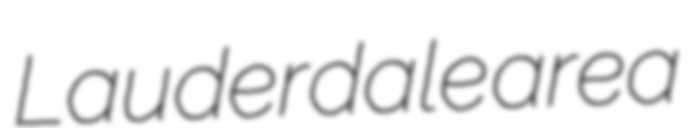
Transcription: Lauderdale area